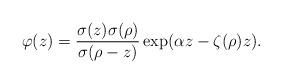
LaTeX: \begin{align*} \varphi(z) = { \sigma(z) \sigma(\rho) \over \sigma(\rho - z)} \exp(\alpha z - \zeta(\rho) z).\end{align*}